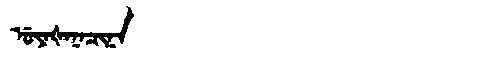
Manchu: ᡠᠶᠠᡧᠠᠨᠠᠴᡳᠨᠠ
Romanization: UYAŠANACINA